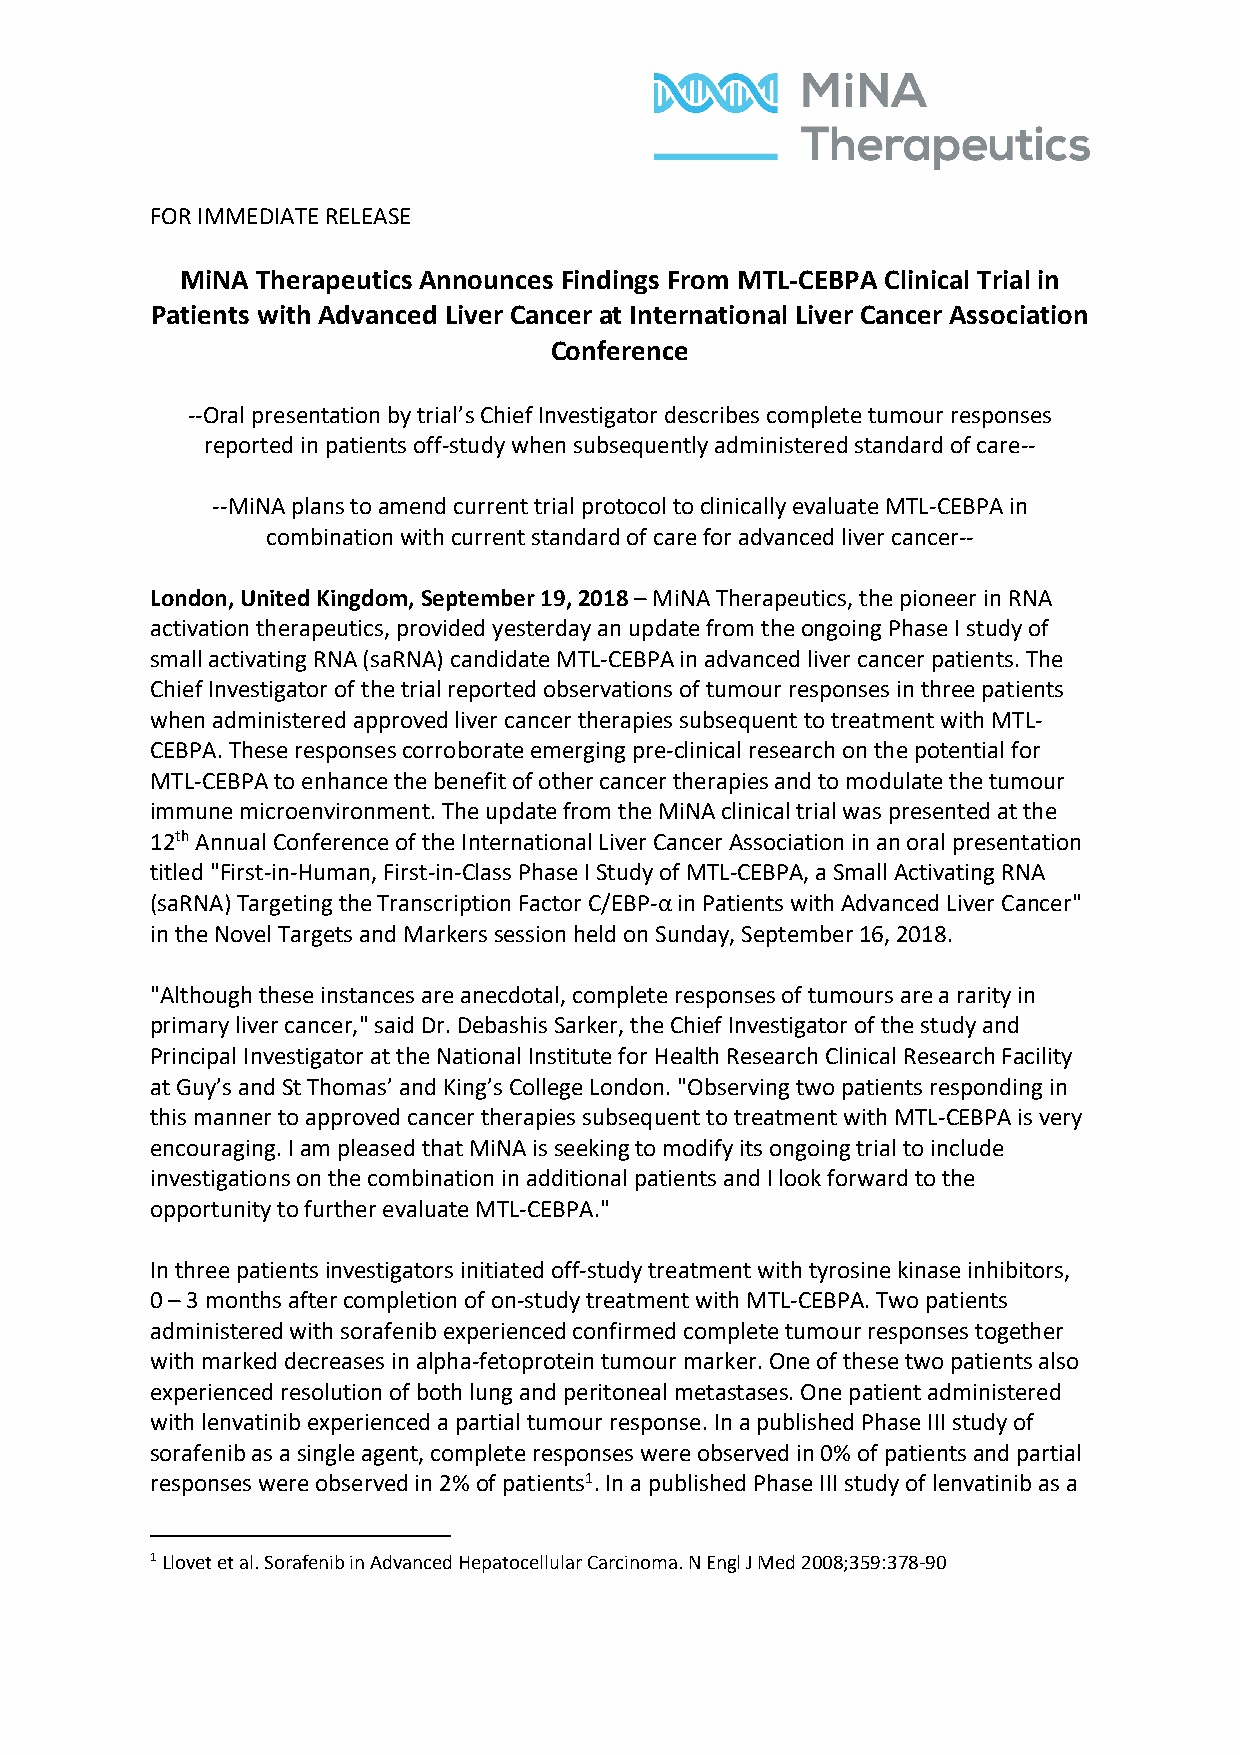
FOR IMMEDIATE RELEASE
 MiNA Therapeutics Announces Findings From MTL-CEBPA Clinical Trial in
 Patients with Advanced Liver Cancer at International Liver Cancer Association
 Conference
 --Oral presentation by trial’s Chief Investigator describes complete tumour responses
 reported in patients off-study when subsequently administered standard of care--
 --MiNA plans to amend current trial protocol to clinically evaluate MTL-CEBPA in
 combination with current standard of care for advanced liver cancer--
 London, United Kingdom, September 19, 2018 – MiNA Therapeutics, the pioneer in RNA
 activation therapeutics, provided yesterday an update from the ongoing Phase I study of
 small activating RNA (saRNA) candidate MTL-CEBPA in advanced liver cancer patients. The
 Chief Investigator of the trial reported observations of tumour responses in three patients
 when administered approved liver cancer therapies subsequent to treatment with MTL-
 CEBPA. These responses corroborate emerging pre-clinical research on the potential for
 MTL-CEBPA to enhance the benefit of other cancer therapies and to modulate the tumour
 immune microenvironment. The update from the MiNA clinical trial was presented at the
 12th Annual Conference of the International Liver Cancer Association in an oral presentation
 titled "First-in-Human, First-in-Class Phase I Study of MTL-CEBPA, a Small Activating RNA
 (saRNA) Targeting the Transcription Factor C/EBP-α in Patients with Advanced Liver Cancer"
 in the Novel Targets and Markers session held on Sunday, September 16, 2018.
 "Although these instances are anecdotal, complete responses of tumours are a rarity in
 primary liver cancer," said Dr. Debashis Sarker, the Chief Investigator of the study and
 Principal Investigator at the National Institute for Health Research Clinical Research Facility
 at Guy’s and St Thomas’ and King’s College London. "Observing two patients responding in
 this manner to approved cancer therapies subsequent to treatment with MTL-CEBPA is very
 encouraging. I am pleased that MiNA is seeking to modify its ongoing trial to include
 investigations on the combination in additional patients and I look forward to the
 opportunity to further evaluate MTL-CEBPA."
 In three patients investigators initiated off-study treatment with tyrosine kinase inhibitors,
 0 – 3 months after completion of on-study treatment with MTL-CEBPA. Two patients
 administered with sorafenib experienced confirmed complete tumour responses together
 with marked decreases in alpha-fetoprotein tumour marker. One of these two patients also
 experienced resolution of both lung and peritoneal metastases. One patient administered
 with lenvatinib experienced a partial tumour response. In a published Phase III study of
 sorafenib as a single agent, complete responses were observed in 0% of patients and partial
 responses were observed in 2% of patients1. In a published Phase III study of lenvatinib as a
 1 Llovet et al. Sorafenib in Advanced Hepatocellular Carcinoma. N Engl J Med 2008;359:378-90